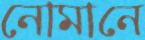
নোমানে